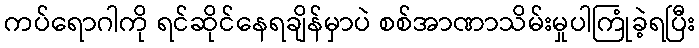
ကပ်ရောဂါကို ရင်ဆိုင်နေရချိန်မှာပဲ စစ်အာဏာသိမ်းမှုပါကြုံခဲ့ရပြီး